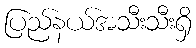
ပြည်နယ်အသီးသီးရှိ